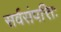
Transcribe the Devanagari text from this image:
सर्वसंपत्तिः